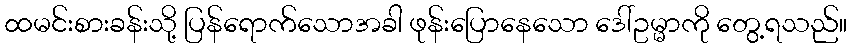
ထမင်းစားခန်းသို့ ပြန်ရောက်သောအခါ ဖုန်းပြောနေသော ဒေါ်ဥမ္မာကို တွေ့ရသည်။